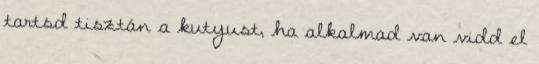
tartsd tisztán a kutyust, ha alkalmad van vidd el